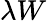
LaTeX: \lambda W